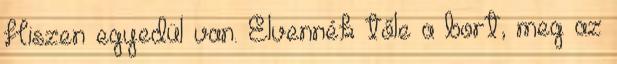
Hiszen egyedül van. Elvennék tőle a bort, meg az